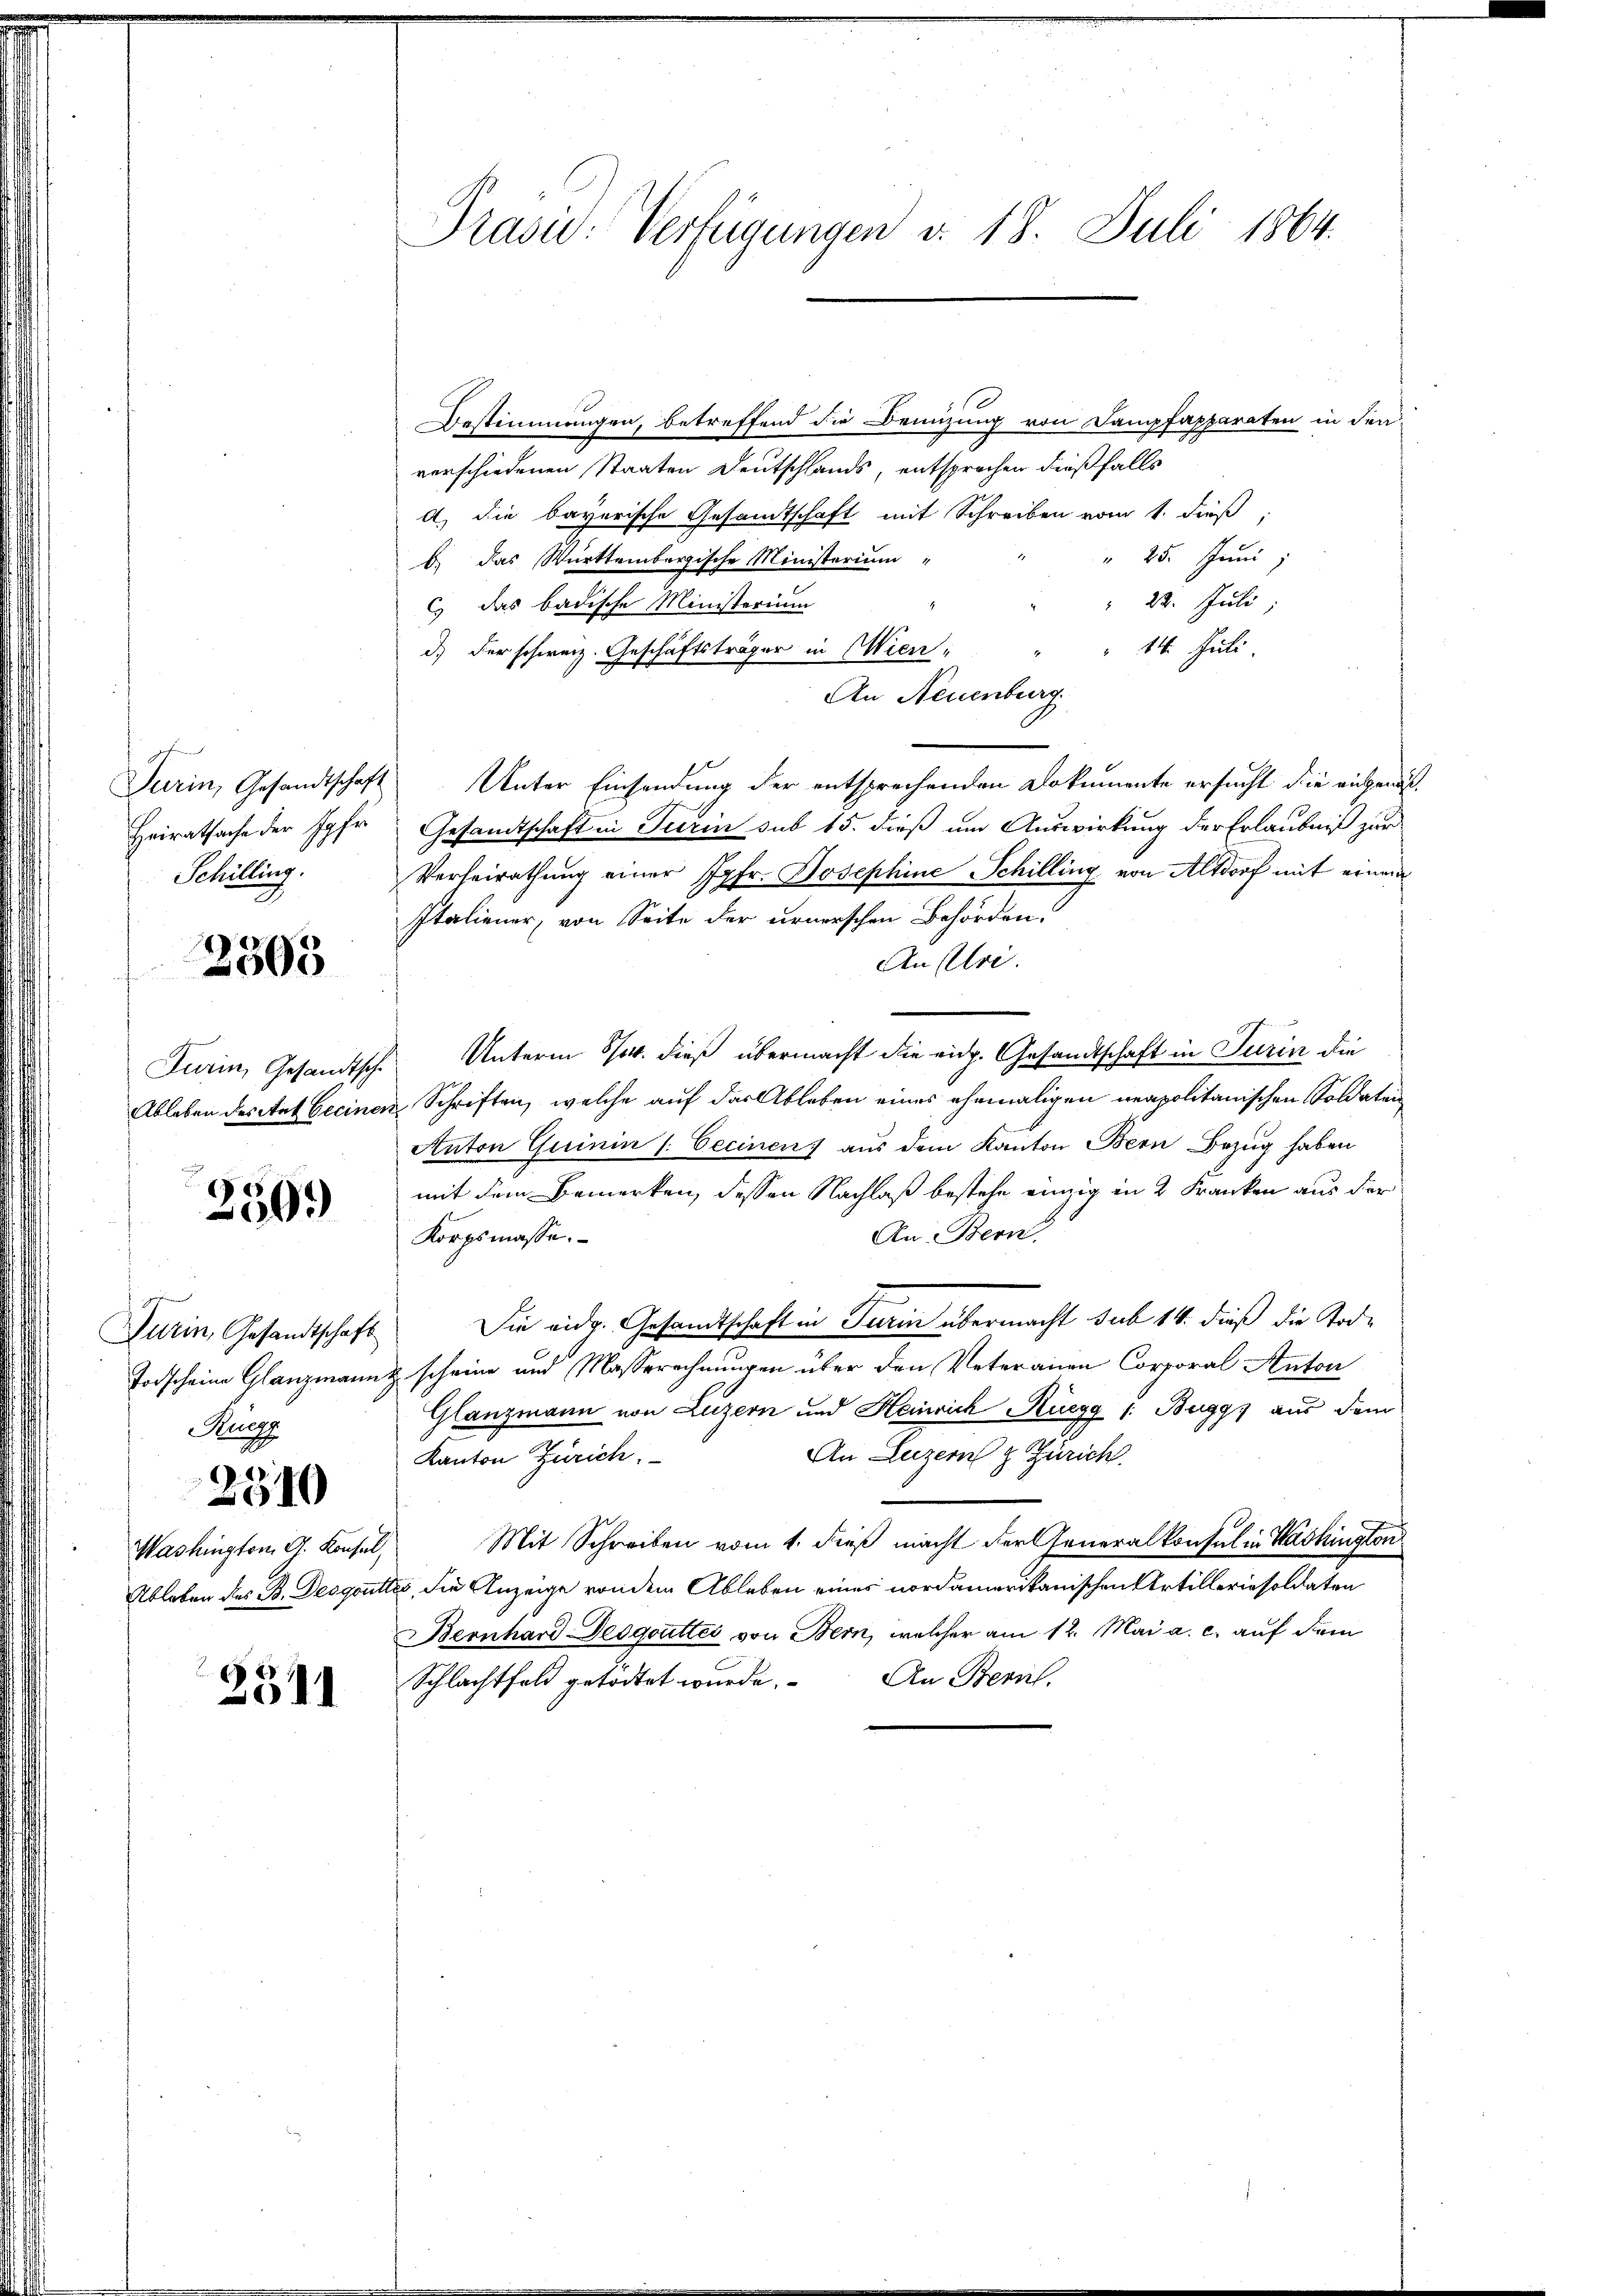
Schilling.

2303

250.

Turin, Gesandtschaft
Rugg

.2)
010

Washington G. Konsul,

2511

Bestimmungen, betreffend die Benutzung von Dampfapparaten in den
verschiedenen Staaten Deutschlands, entsprechen dießfalls
a) die bayerische Gesandtschaft mit Schreiben vom 1. dieß,
" 25. Juni
b.) das Württembergische Ministerium
" 22. Juli
c) das badische Ministerium
" 14. Juli
d.) Der schweiz. Geschäftsträger in Wien,
An Neuenburg
Turin, Gesandtschaft Unter Einsendung der entsprechenden Dokumente ersucht die eigens¬
Heiratsache der Jgfr. Gesandtschaft in Turin sub 15. dieß um Auswirkung der Erlaubniß zur
Verheirathung einer Jgfr. Josephine Schilling von Altdorf mit einem
Italiener, von Seite der urnerschen Behörden:
Anslri.
Furin, Gesandtsche Unterm 5. dieß übermacht die eidg. Gesandtschaft in Turin die
Ableben des Auf Gecinen Schriften, welche auf der Ableben eines ehemaligen neapolitanischen Soldaten
Anton Gurinin (Cecinen) aus dem Kanton Bern Bezug haben
mit dem Bemerken, dessen Nachlaß bestehe einzig in 2 Franken aus der
An Bern
Korpsmasse.
Die eidg. Gesandtschaft in Turin übermacht sub 14. dieß die Tode
Todscheine Glanzmann scheine und Masserechnungen über den Veteranen Corporal Anton
Glanzmann von Luzern und Heinrich Ruegg /: Buggs aus dem
An Luzern & Zürich
Kanton Zürich.
Mit Schreiben vom 1. dieß macht der Generalkonsul in Washington
Ableben des B. Desgoutter, die Anzeige von dem Ableben einer nordamerikanischen Artilleriesoldaten
Bernhard Desgoutter von Bern, welcher am 12. Mai a. c. auf dem
An Bern.
Schlachtfeld getödtet wurde.

Präsid: Verfügungen v. 18. Juli 1864.